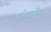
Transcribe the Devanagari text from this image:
कंधकोट